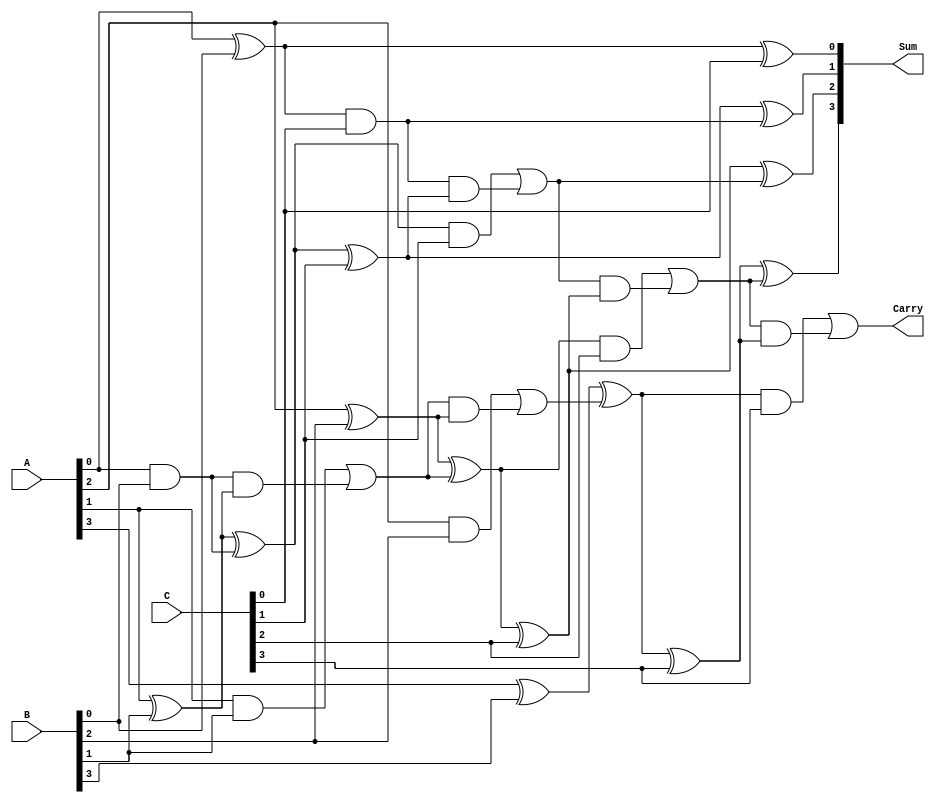
module ModifiedCarrySaveAdder #(
    parameter WIDTH = 4  // Width of the operands
)(
    input [WIDTH-1:0] A,  // Operand A
    input [WIDTH-1:0] B,  // Operand B
    input [WIDTH-1:0] C,  // Operand C
    output [WIDTH-1:0] Sum,  // Final sum output
    output Carry  // Final carry output
);

    // Intermediate signals for partial sums and carries
    wire [WIDTH-1:0] PS1, PS2; // Partial sums
    wire [WIDTH-1:0] C1, C2;   // Carry bits

    // Generate partial sums and carries using half adders and full adders
    genvar i;
    generate
        for (i = 0; i < WIDTH; i = i + 1) begin : adders
            // Full adder for A and B
            if (i == 0) begin
                assign PS1[i] = A[i] ^ B[i];       // Sum bit
                assign C1[i] = A[i] & B[i];        // Carry bit
            end else begin
                assign PS1[i] = A[i] ^ B[i] ^ C1[i-1]; // Sum bit
                assign C1[i] = (A[i] & B[i]) | (C1[i-1] & (A[i] ^ B[i])); // Carry bit
            end
        end
    endgenerate

    // Generate final partial sums and carries with operand C
    generate
        for (i = 0; i < WIDTH; i = i + 1) begin : adders2
            if (i == 0) begin
                assign PS2[i] = PS1[i] ^ C[i];       // Final sum bit
                assign C2[i] = PS1[i] & C[i];        // Final carry bit
            end else begin
                assign PS2[i] = PS1[i] ^ C[i] ^ C2[i-1]; // Final sum bit
                assign C2[i] = (PS1[i] & C[i]) | (C2[i-1] & (PS1[i] ^ C[i])); // Final carry bit
            end
        end
    endgenerate

    // Final sum and carry output
    assign Sum = PS2;
    assign Carry = C2[WIDTH-1];

endmodule